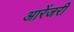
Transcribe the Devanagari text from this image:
आरेंजरी